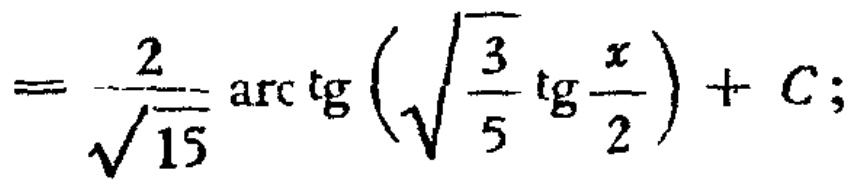
$=\frac{2}{\sqrt{15}}\arctan\left(\sqrt{\frac{3}{5}}\tan\frac{x}{2}\right)+C;$